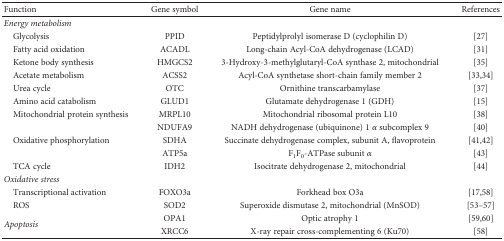
<table><thead><tr><td><b>Function</b></td><td><b>Gene symbol</b></td><td><b>Gene name</b></td><td><b>References</b></td></tr></thead><tbody><tr><td colspan="4"><i>Energy metabolism</i></td></tr><tr><td> Glycolysis</td><td>PPID</td><td>Peptidylprolyl isomerase D (cyclophilin D)</td><td>[27]</td></tr><tr><td> Fatty acid oxidation</td><td>ACADL</td><td>Long-chain Acyl-CoA dehydrogenase (LCAD)</td><td>[31]</td></tr><tr><td> Ketone body synthesis</td><td>HMGCS2</td><td>3-Hydroxy-3-methylglutaryl-CoA synthase 2, mitochondrial</td><td>[35]</td></tr><tr><td> Acetate metabolism</td><td>ACSS2</td><td>Acyl-CoA synthetase short-chain family member 2</td><td>[33,34]</td></tr><tr><td> Urea cycle</td><td>OTC</td><td>Ornithine transcarbamylase</td><td>[37]</td></tr><tr><td> Amino acid catabolism</td><td>GLUD1</td><td>Glutamate dehydrogenase 1 (GDH)</td><td>[15]</td></tr><tr><td> Mitochondrial protein synthesis</td><td>MRPL10</td><td>Mitochondrial ribosomal protein L10</td><td>[38]</td></tr><tr><td rowspan="3"> Oxidative phosphorylation</td><td>NDUFA9</td><td>NADH dehydrogenase (ubiquinone) 1 <i>α</i> subcomplex 9</td><td>[40]</td></tr><tr><td>SDHA</td><td>Succinate dehydrogenase complex, subunit A, flavoprotein</td><td>[41,42]</td></tr><tr><td>ATP5a</td><td>F<sub>1</sub>F<sub>0</sub>-ATPase subunit <i>α</i></td><td>[43]</td></tr><tr><td> TCA cycle</td><td>IDH2</td><td>Isocitrate dehydrogenase 2, mitochondrial</td><td>[44]</td></tr><tr><td colspan="4"><i>Oxidative stress</i></td></tr><tr><td> Transcriptional activation</td><td>FOXO3a</td><td>Forkhead box O3a</td><td>[17,58]</td></tr><tr><td> ROS</td><td>SOD2</td><td>Superoxide dismutase 2, mitochondrial (MnSOD)</td><td>[53–57]</td></tr><tr><td rowspan="2"><i>Apoptosis</i></td><td>OPA1</td><td>Optic atrophy 1</td><td>[59,60]</td></tr><tr><td>XRCC6</td><td>X-ray repair cross-complementing 6 (Ku70)</td><td>[58]</td></tr></tbody></table>